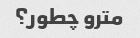
مترو چطور؟